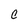
Character: C